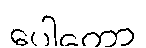
ပေါတော